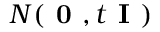
N ( \textbf { 0 } , t \textbf { I } )